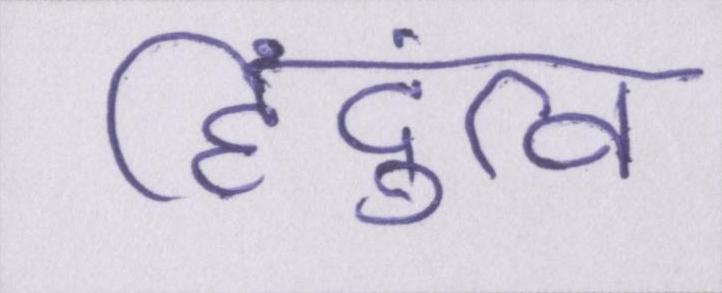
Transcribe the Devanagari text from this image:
हिंदुत्व